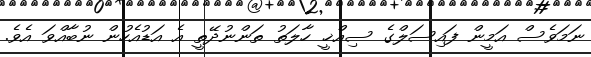
ނަމަވެސް އަމީން ފައިސަލްގެ ސިއްޚީ ހާލަތު ތަންނުދޭތީ އެ އަޑުއެހުން ނުބާއްވަ އެވެ.